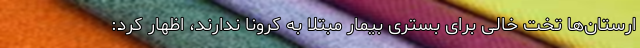
ارستان‌ها تخت خالی برای بستری بیمار مبتلا به کرونا ندارند، اظهار کرد: